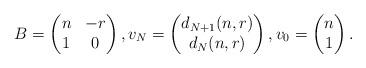
LaTeX: \begin{align*} B = \begin{pmatrix} n & - r \\ 1 & 0 \end{pmatrix} , v_N= \begin{pmatrix} d_{N+1}(n,r) \\ d_{N}(n,r) \end{pmatrix} , v_0= \begin{pmatrix} n \\ 1 \end{pmatrix} .\end{align*}